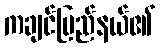
ကချင်ပြည်နယ်၏